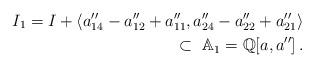
LaTeX: \begin{align*} I_1=I+\langle a_{14}''-a_{12}''+a_{11}'', a_{24}''-a_{22}''+a_{21}''\rangle\\ \subset\ \mathbb{A}_1=\mathbb{Q}[a,a'']\,.\end{align*}